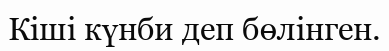
Кіші күнби деп бөлінген.